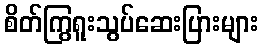
စိတ်ကြွရူးသွပ်ဆေးပြားများ